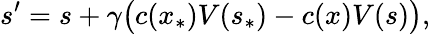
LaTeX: s^{\prime}=s+\gamma\bigl(c(x_{\ast})V(s_{\ast})-c(x)V(s)\bigr),